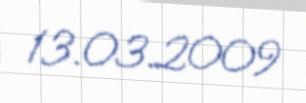
13.03.2009